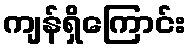
ကျန်ရှိကြောင်း